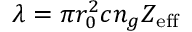
\lambda = \pi r _ { 0 } ^ { 2 } c n _ { g } Z _ { \mathrm { e f f } }